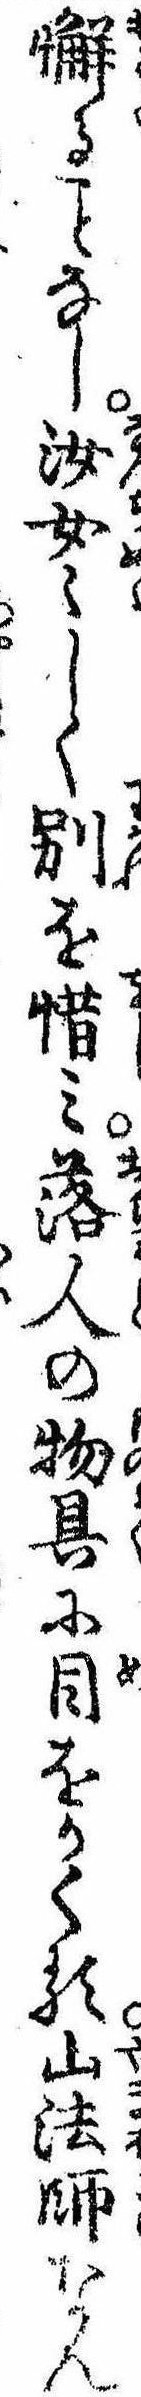
懈るなし汝女しく別を惜み落人の物具に目をかくる山法師なん